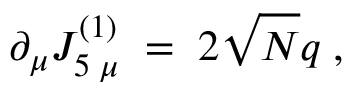
\partial _ { \mu } J _ { 5 \; \mu } ^ { ( 1 ) } \; = \; 2 \sqrt { N } q \; ,